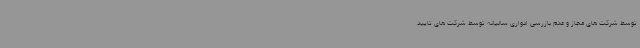
توسط شرکت های مجاز و عدم بازرسی ادواری سالیانه توسط شرکت های تایید